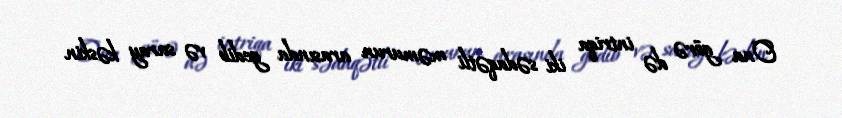
Ona görə də intriqa iki sədaqətli məmurun arasında gedib və saray kəskin